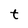
Character: t